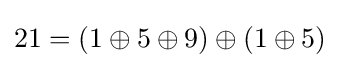
21=(1\oplus 5\oplus 9)\oplus (1\oplus 5)